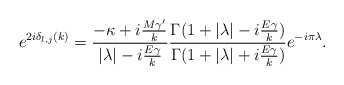
\begin{align*}e^{2i\delta_{l,j}(k)}= {{-\kappa+i{M{\gamma}'\over k}}\over {|\lambda|-i{E\gamma\over k}}}{\Gamma(1+|\lambda|-i{E\gamma\over k})\over \Gamma(1+|\lambda|+i{E\gamma\over k})}e^{-i\pi\lambda}.\end{align*}